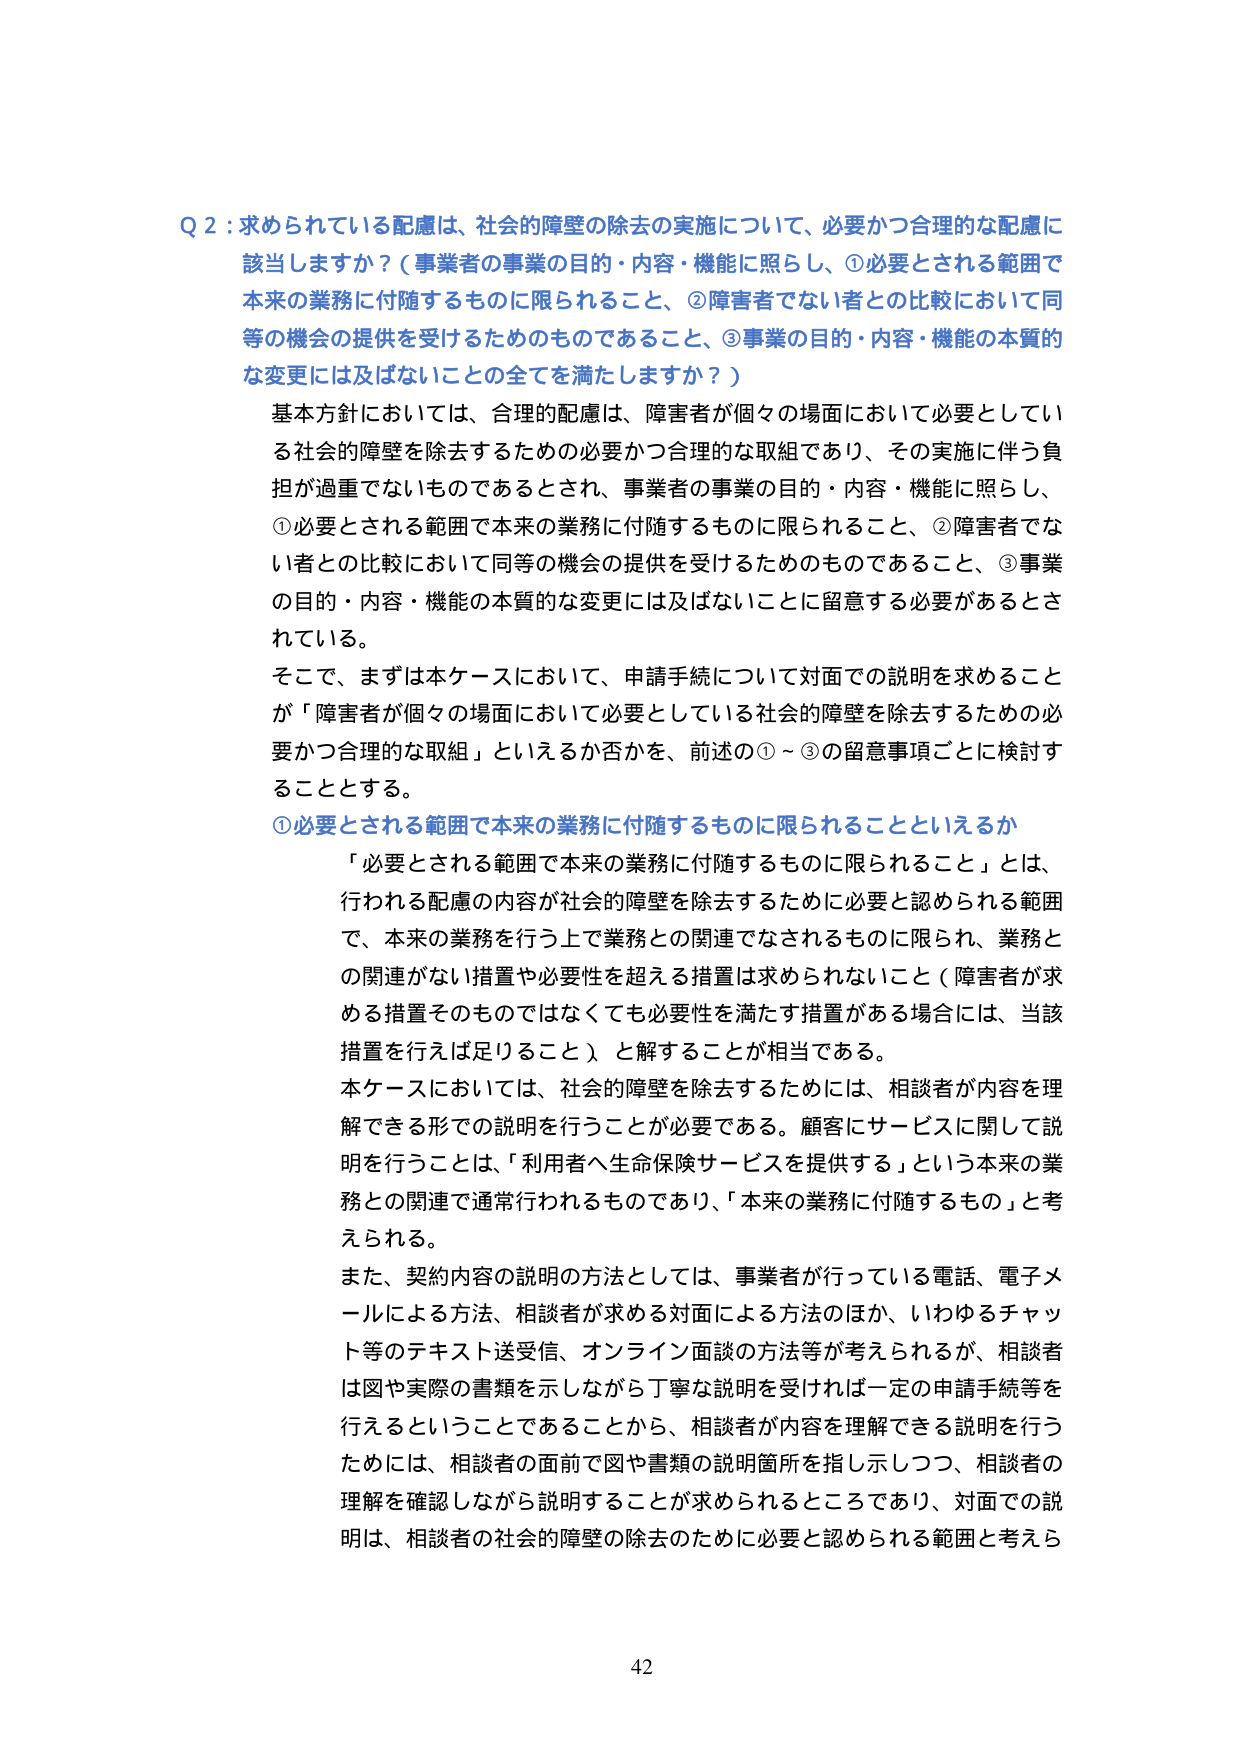
Q２：求められている配慮は、社会的障壁の除去の実施について、必要かつ合理的な配慮に該当しますか？（事業者の事業の目的・内容・機能に照らし、①必要とされる範囲で本来の業務に付随するものに限られること、②障害者でない者との比較において同等の機会の提供を受けるためのものであること、③事業の目的・内容・機能の本質的な変更には及ばないことの全てを満たしますか？）

基本方針においては、合理的配慮は、障害者が個々の場面において必要としている社会的障壁を除去するための必要かつ合理的な取組であり、その実施に伴う負担が過重でないものであるとされ、事業者の事業の目的・内容・機能に照らし、①必要とされる範囲で本来の業務に付随するものに限られること、②障害者でない者との比較において同等の機会の提供を受けるためのものであること、③事業の目的・内容・機能の本質的な変更には及ばないことに留意する必要があるとされている。

そこで、まずは本ケースにおいて、申請手続について対面での説明を求めること が「障害者が個々の場面において必要としている社会的障壁を除去するための必要かつ合理的な取組」といえるか否かを、前述の①～③の留意事項ごとに検討することとする。

①必要とされる範囲で本来の業務に付随するものに限られることといえるか

「必要とされる範囲で本来の業務に付随するものに限られること」とは、行われる配慮の内容が社会的障壁を除去するために必要と認められる範囲で、本来の業務を行う上で業務との関連でなされるものに限られ、業務との関連がない措置や必要性を超える措置は求められないこと（障害者が求める措置そのものではなくても必要性を満たす措置がある場合には、当該措置を行えば足りること）、と解することが相当である。

本ケースにおいては、社会的障壁を除去するためには、相談者が内容を理解できる形での説明を行うことが必要である。顧客にサービスに関して説明を行うことは、「利用者へ生命保険サービスを提供する」という本来の業務との関連で通常行われるものであり、「本来の業務に付随するもの」と考えられる。

また、契約内容の説明の方法としては、事業者が行っている電話、電子メールによる方法、相談者が求める対面による方法のほか、いわゆるチャット等のテキスト送受信、オンライン面談の方法等が考えられるが、相談者は図や実際の書類を示しながら丁寧な説明を受ければ一定の申請手続等を行えるということであることから、相談者が内容を理解できる説明を行うためには、相談者の面前で図や書類の説明箇所を指し示しつつ、相談者の理解を確認しながら説明することが求められるところであり、対面での説明は、相談者の社会的障壁の除去のために必要と認められる範囲と考えら

42